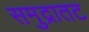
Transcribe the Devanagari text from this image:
समुद्रातट